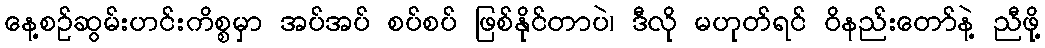
နေ့စဉ်ဆွမ်းဟင်းကိစ္စမှာ အပ်အပ် စပ်စပ် ဖြစ်နိုင်တာပဲ၊ ဒီလို မဟုတ်ရင် ဝိနည်းတော်နဲ့ ညီဖို့